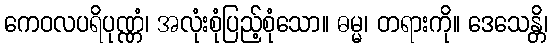
ကေဝလပရိပုဏ္ဏံ၊ အလုံးစုံပြည့်စုံသော။ ဓမ္မ၊ တရားကို။ ဒေသေန္တိ၊